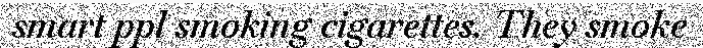
smart ppl smoking cigarettes. They smoke